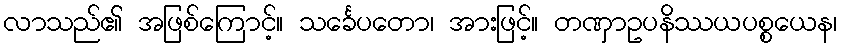
လာသည်၏ အဖြစ်ကြောင့်။ သင်္ခေပတော၊ အားဖြင့်။ တဏှာဥပနိဿယပစ္စယေန၊